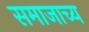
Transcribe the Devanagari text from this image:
समाजाच्य